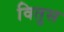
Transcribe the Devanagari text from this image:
वितुस